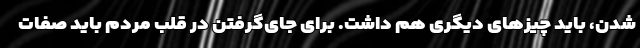
شدن، باید چیزهای دیگری هم داشت. برای جای‌گرفتن در قلب مردم باید صفات